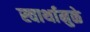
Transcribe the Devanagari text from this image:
स्वार्थामुळे